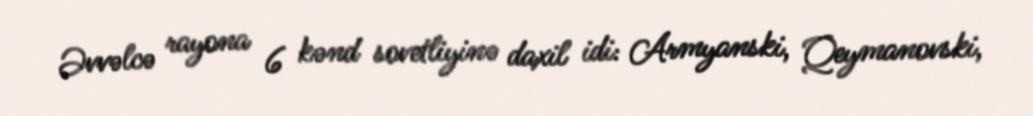
Əvvəlcə rayona 6 kənd sovetliyinə daxil idi: Armyanski, Qeymanovski,